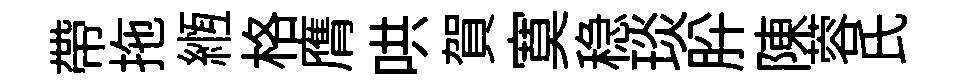
帶拖縆格膺哄賀寞稳琰肸陳蓉氏